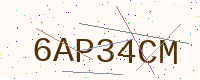
Text: 6AP34CM